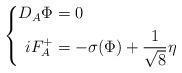
LaTeX: \begin{align*} \left\{\begin{aligned}D_A \Phi &= 0 \\iF_A^+ &= - \sigma(\Phi) + \frac{1}{\sqrt{8}}\eta\end{aligned}\right.\end{align*}